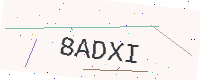
Text: 8ADXI